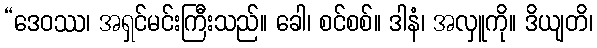
“ဒေဝဿ၊ အရှင်မင်းကြီးသည်။ ခေါ၊ စင်စစ်။ ဒါနံ၊ အလှူကို။ ဒိယျတိ၊